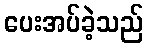
ပေးအပ်ခဲ့သည်